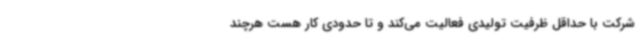
شرکت با حداقل ظرفیت تولیدی فعالیت می‌کند و تا حدودی کار هست هرچند